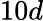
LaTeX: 10d